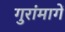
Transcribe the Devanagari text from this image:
गुरांमागें